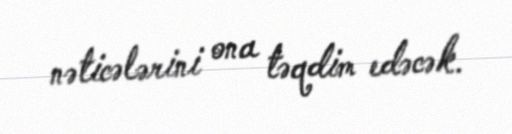
nəticələrini ona təqdim edəcək.